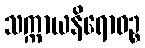
သက္ကာယနိရောဓဉ္စ